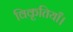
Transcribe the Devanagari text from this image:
विकृतियाँ।